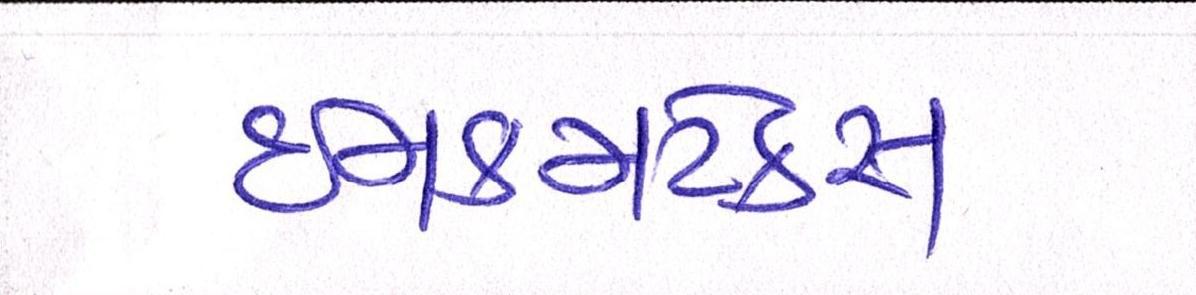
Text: ઈનકમટેક્સ